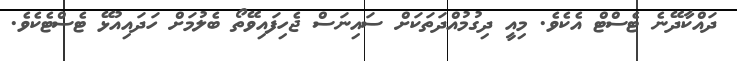
ދައްކާދޭނެ ޓެސްޓް އެކެވެ. މިއީ ދިގުމުއްދަތަކަށް ސައިނަސް ޖެހިފައިވޭތޯ ބެލުމަށް ހަދައިއުޅޭ ޓެސްޓެކެވެ.